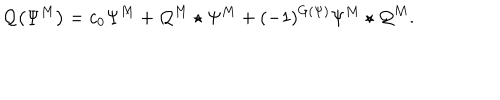
\mathcal { Q } \big ( \Psi ^ { M } \big ) = c _ { 0 } \Psi ^ { M } + \mathcal { Q } ^ { M } \star \Psi ^ { M } + ( - 1 ) ^ { G ( \Psi ) } \Psi ^ { M } \star \mathcal { Q } ^ { M } .